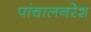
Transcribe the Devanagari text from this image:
पांचालनरेश